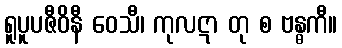
ရူပူပဇီဝိနီ ဝေသီ၊ ကုလဋာ တု စ ဗန္ဓကီ။